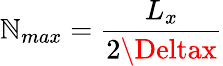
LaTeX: \mathbb{N}_{max}=\frac{{L_{x}}}{{2\Deltax}}